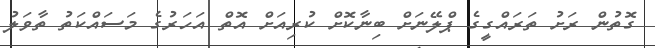
ގޮތުން ރަށު ތަރައްގީގެ ޕްލޭނަށް ބިނާކޮށް ކުރިއަށް އޮތް އަހަރުގެ މަސައްކަތު ތާވަލު